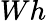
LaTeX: Wh